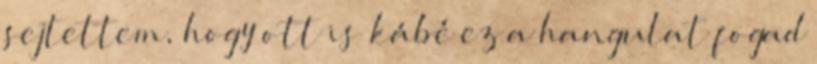
sejtettem, hogy ott is kábé ez a hangulat fogad